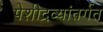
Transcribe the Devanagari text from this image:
पेशीद्रव्यांतर्गत